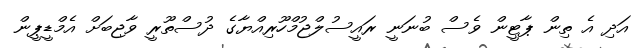
އަދި އެ ތިން ޕާޓީން ވެސް ބުނަނީ ރައީސުލްޖުމްހޫރިއްޔާގެ ދުސްތޫރީ ވާޖިބަށް އެމްޑީޕީން